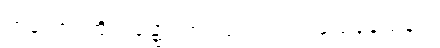
တတော၊ ထိုအခါ၌။ တွံ၊ သင်သည်။ ယေနယေနဝ၊